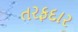
તરફદાર